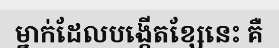
ម្នាក់ដែលបង្កើតខ្សែនេះ គឺ